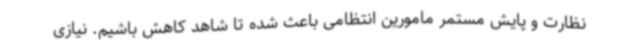
نظارت و پایش مستمر مامورین انتظامی باعث شده تا شاهد کاهش باشیم. نیازی